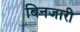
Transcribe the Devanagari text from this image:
बिनजारी